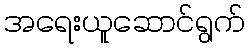
အရေးယူဆောင်ရွက်